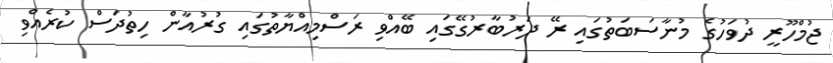
ޖުމްހޫރީ ދުވަހުގެ މުނާސަބަތުގައި ރޭ ދަރުބާރުގޭގައި ބޭއްވި ރަސްމިއްޔާތުގައި ގުރުއާން ހިތުދަސް ކުރެއްވި